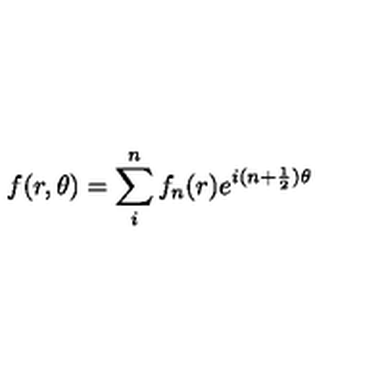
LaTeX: \displaystyle f ( r , \theta ) = \sum _ { i } ^ { n } { f _ { n } ( r ) e ^ { i ( n + \frac { 1 } { 2 } ) \theta } }